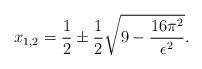
LaTeX: \begin{align*}x_{1,2}=\frac{1}{2}\pm \frac{1}{2}\sqrt{9-\frac{16\pi ^2}{\epsilon ^2}}.\end{align*}